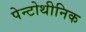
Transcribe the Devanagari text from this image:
पेन्टोथीनिक